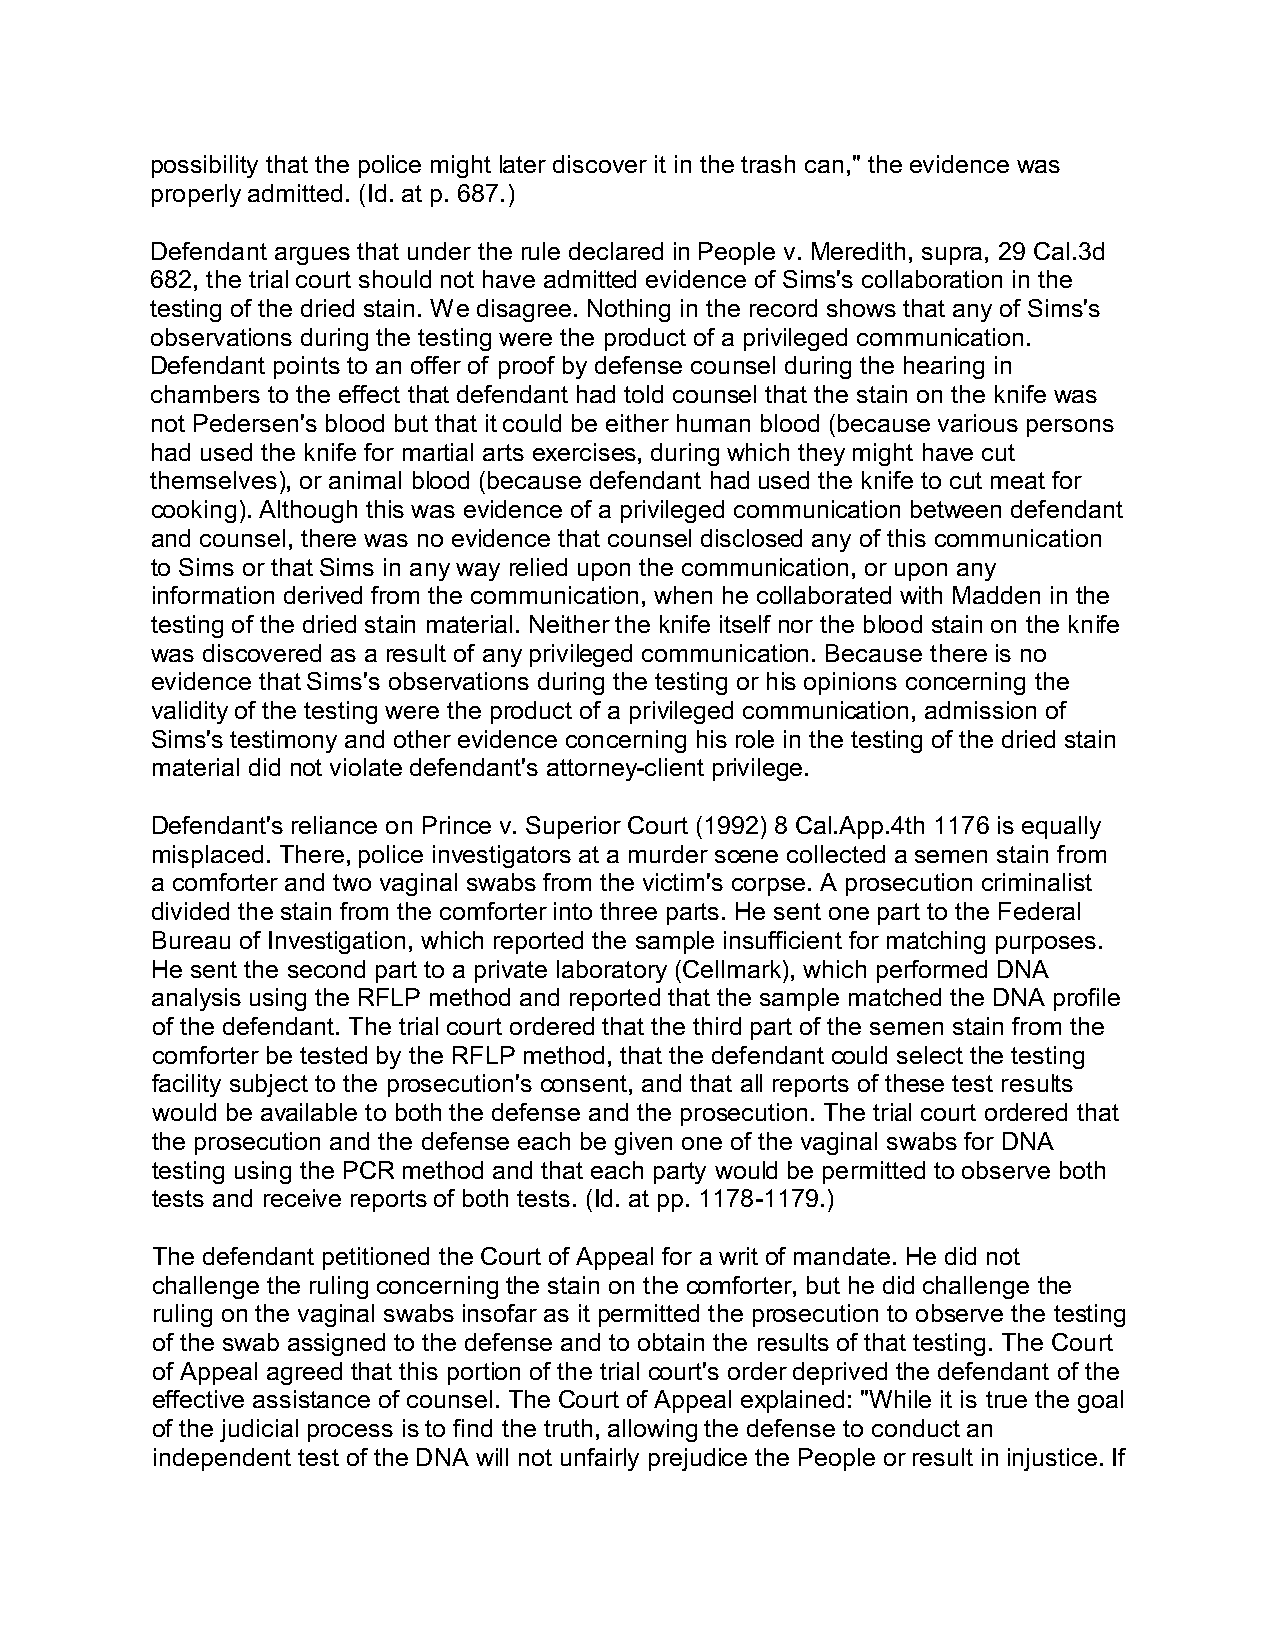
possibility that the police might later discover it in the trash can," the evidence was
 properly admitted. (Id. at p. 687.)
 Defendant argues that under the rule declared in People v. Meredith, supra, 29 Cal.3d
 682, the trial court should not have admitted evidence of Sims's collaboration in the
 testing of the dried stain. We disagree. Nothing in the record shows that any of Sims's
 observations during the testing were the product of a privileged communication.
 Defendant points to an offer of proof by defense counsel during the hearing in
 chambers to the effect that defendant had told counsel that the stain on the knife was
 not Pedersen's blood but that it could be either human blood (because various persons
 had used the knife for martial arts exercises, during which they might have cut
 themselves), or animal blood (because defendant had used the knife to cut meat for
 cooking). Although this was evidence of a privileged communication between defendant
 and counsel, there was no evidence that counsel disclosed any of this communication
 to Sims or that Sims in any way relied upon the communication, or upon any
 information derived from the communication, when he collaborated with Madden in the
 testing of the dried stain material. Neither the knife itself nor the blood stain on the knife
 was discovered as a result of any privileged communication. Because there is no
 evidence that Sims's observations during the testing or his opinions concerning the
 validity of the testing were the product of a privileged communication, admission of
 Sims's testimony and other evidence concerning his role in the testing of the dried stain
 material did not violate defendant's attorney-client privilege.
 Defendant's reliance on Prince v. Superior Court (1992) 8 Cal.App.4th 1176 is equally
 misplaced. There, police investigators at a murder scene collected a semen stain from
 a comforter and two vaginal swabs from the victim's corpse. A prosecution criminalist
 divided the stain from the comforter into three parts. He sent one part to the Federal
 Bureau of Investigation, which reported the sample insufficient for matching purposes.
 He sent the second part to a private laboratory (Cellmark), which performed DNA
 analysis using the RFLP method and reported that the sample matched the DNA profile
 of the defendant. The trial court ordered that the third part of the semen stain from the
 comforter be tested by the RFLP method, that the defendant could select the testing
 facility subject to the prosecution's consent, and that all reports of these test results
 would be available to both the defense and the prosecution. The trial court ordered that
 the prosecution and the defense each be given one of the vaginal swabs for DNA
 testing using the PCR method and that each party would be permitted to observe both
 tests and receive reports of both tests. (Id. at pp. 1178-1179.)
 The defendant petitioned the Court of Appeal for a writ of mandate. He did not
 challenge the ruling concerning the stain on the comforter, but he did challenge the
 ruling on the vaginal swabs insofar as it permitted the prosecution to observe the testing
 of the swab assigned to the defense and to obtain the results of that testing. The Court
 of Appeal agreed that this portion of the trial court's order deprived the defendant of the
 effective assistance of counsel. The Court of Appeal explained: "While it is true the goal
 of the judicial process is to find the truth, allowing the defense to conduct an
 independent test of the DNA will not unfairly prejudice the People or result in injustice. If